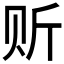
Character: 𲂼